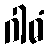
ဂါဓံ